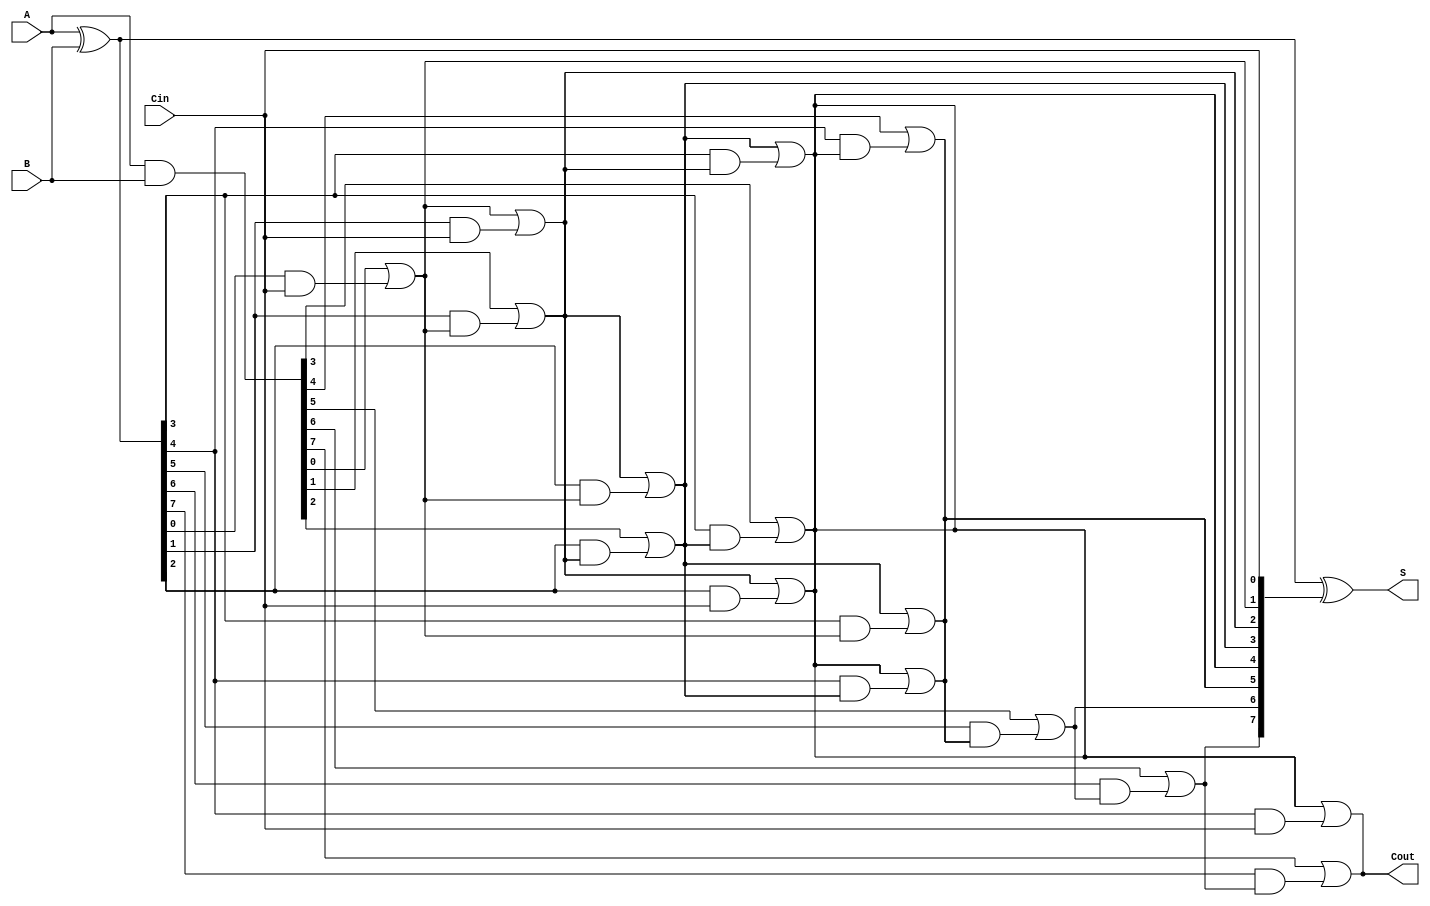
module brent_kung_adder #(parameter n = 8) (
    input wire [n-1:0] A,
    input wire [n-1:0] B,
    input wire Cin,
    output wire [n-1:0] S,
    output wire Cout
);

  wire [n-1:0] G; // Generate signals
  wire [n-1:0] P; // Propagate signals
  wire [n:0] C;   // Carry signals

  // Generate and Propagate signals
  assign G = A & B;         // G[i] = A[i] & B[i]
  assign P = A ^ B;         // P[i] = A[i] ^ B[i]

  // Initial carry
  assign C[0] = Cin;

  // Compute carry signals
  genvar i, k;
  generate
    // Stage 1: Compute carries from G and P
    for (i = 0; i < n; i = i + 1) begin
      assign C[i + 1] = G[i] | (P[i] & C[i]);
    end

    // Additional stages to compute carry signals
    // Brent-Kung structure, using a logarithmic number of stages
    for (k = 1; k <= $clog2(n); k = k + 1) begin
      for (i = 0; i < (n >> k); i = i + 1) begin
        assign C[i + (1 << k)] = C[i + (1 << (k - 1))] | (P[i + (1 << (k - 1))] & C[i]);
      end
    end
  endgenerate

  // Compute the sum
  assign S = P ^ {C[n-1:0]} ; // S[i] = P[i] ^ C[i]

  // Final carry out
  assign Cout = C[n];

endmodule